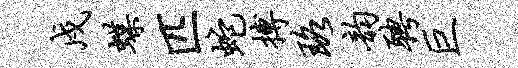
戍蝶匹蛇搏珞韵聘巨